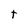
Character: t